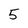
Character: 5